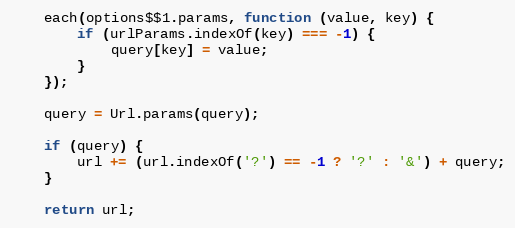
Language: JavaScript
    each(options$$1.params, function (value, key) {
        if (urlParams.indexOf(key) === -1) {
            query[key] = value;
        }
    });

    query = Url.params(query);

    if (query) {
        url += (url.indexOf('?') == -1 ? '?' : '&') + query;
    }

    return url;